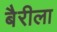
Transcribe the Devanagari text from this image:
बैरीला